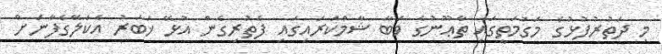
މި ދަތުރުފުޅުގެ މަގުމަތީގައި ޠާޢޫނުގެ ވަބާ ޝާމްކަރައިގައި ފެތުރިގެން އުޅޭ ޚަބަރު އެކަލޭގެފާނަށް